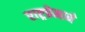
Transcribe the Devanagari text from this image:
राष्ट्रप्रेमाने